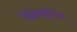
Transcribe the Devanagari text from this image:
रेफ्रेक्ट्रीज